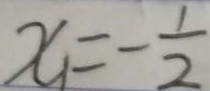
x _ { 1 } = - \frac { 1 } { 2 }